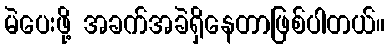
မဲပေးဖို့ အခက်အခဲရှိနေတာဖြစ်ပါတယ်။